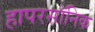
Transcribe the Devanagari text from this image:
हापरसॉनिक